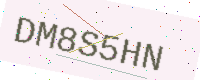
Text: DM8S5HN